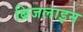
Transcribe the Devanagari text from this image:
ब्रिजलाइन